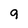
Character: 9